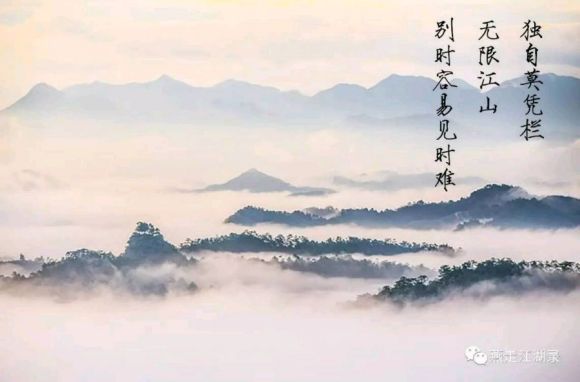
独自莫凭栏，无限江山，别时容易见时难。